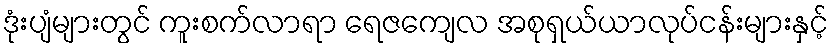
ဒုံးပျံများတွင် ကူးစက်လာရာ ရေဇကျေလ အစုရှယ်ယာလုပ်ငန်းများနှင့်